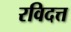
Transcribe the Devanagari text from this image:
रविदत्त